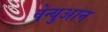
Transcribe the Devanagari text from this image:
वेन्युआन